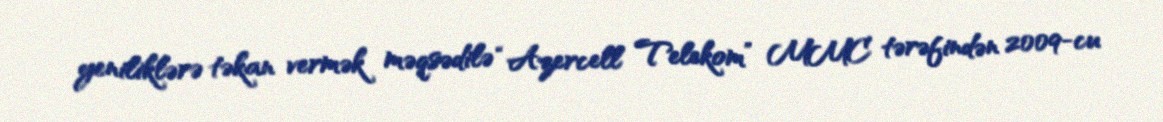
yeniliklərə təkan vermək məqsədilə “Azercell Telekom” MMC tərəfindən 2009-cu